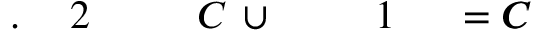
C \! \! \! \! \! \! \! \! \! \! \! \! = C \! \! \! \! \! \! \! \! \! \! \! \! _ { \! } \! \! \! \! \! \! \! \! \! \! \! 1 \! \! \! \! \! \! \! \! \! \! \! \! \! \! \! \! \! \! \! \! \! \! \! \! \cup \! \! \! \! \! \! \! \! \! \! \! \! C \! \! \! \! \! \! \! \! \! \! \! \! _ { \! } \! \! \! \! \! \! \! \! \! \! \! 2 \! \! \! \! \! \! \! \! \! \! \! \! . \! \! \! \! \! \! \! \! \! \! \!